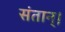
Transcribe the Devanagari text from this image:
संतान्।